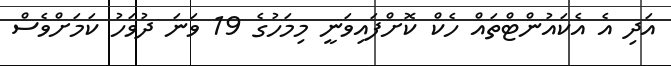
އަދި އެ އެކައުންޓްތައް ހެކް ކޮށްފައިވަނީ މިމަހުގެ 19 ވަނަ ދުވަހު ކަމަށްވެސް